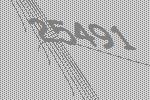
25491